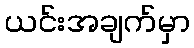
ယင်းအချက်မှာ